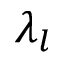
\lambda _ { l }